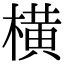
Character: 横